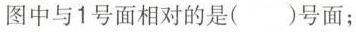
图中与1号面相对的是()号面；